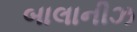
બાલાનીઝ